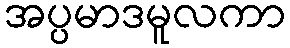
အပ္ပမာဒမူလကာ